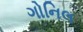
ગોનિલ